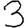
Digit: 3